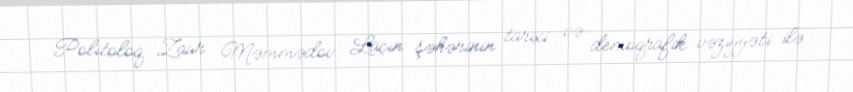
Politoloq Zaur Məmmədov Laçın şəhərinin tarixi və demoqrafik vəziyyəti ilə